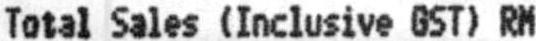
TOTAL SALES (INCLUSIVE GST) RM